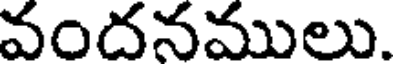
వందనములు.